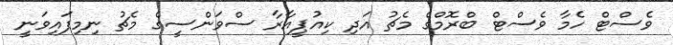
ވެސްޓް ހެމާ ވެސްޓް ބްރޮމްގެ މެޗު އަދި ކިއުޕީއާރާ ސްވަންސީގެ މެޗު ނިމިފައިވަނީ